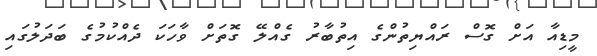
މީޑިއާ އަށް ގޮސް ރައްޔިތުންގެ އިތުބާރު ގެއްލޭ ގޮތަށް ވާހަކަ ދެއްކުމުގެ ބަދަލުގައި